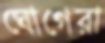
ঘোগেরা